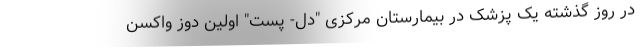
در روز گذشته یک پزشک در بیمارستان مرکزی "دل- پست" اولین دوز واکسن